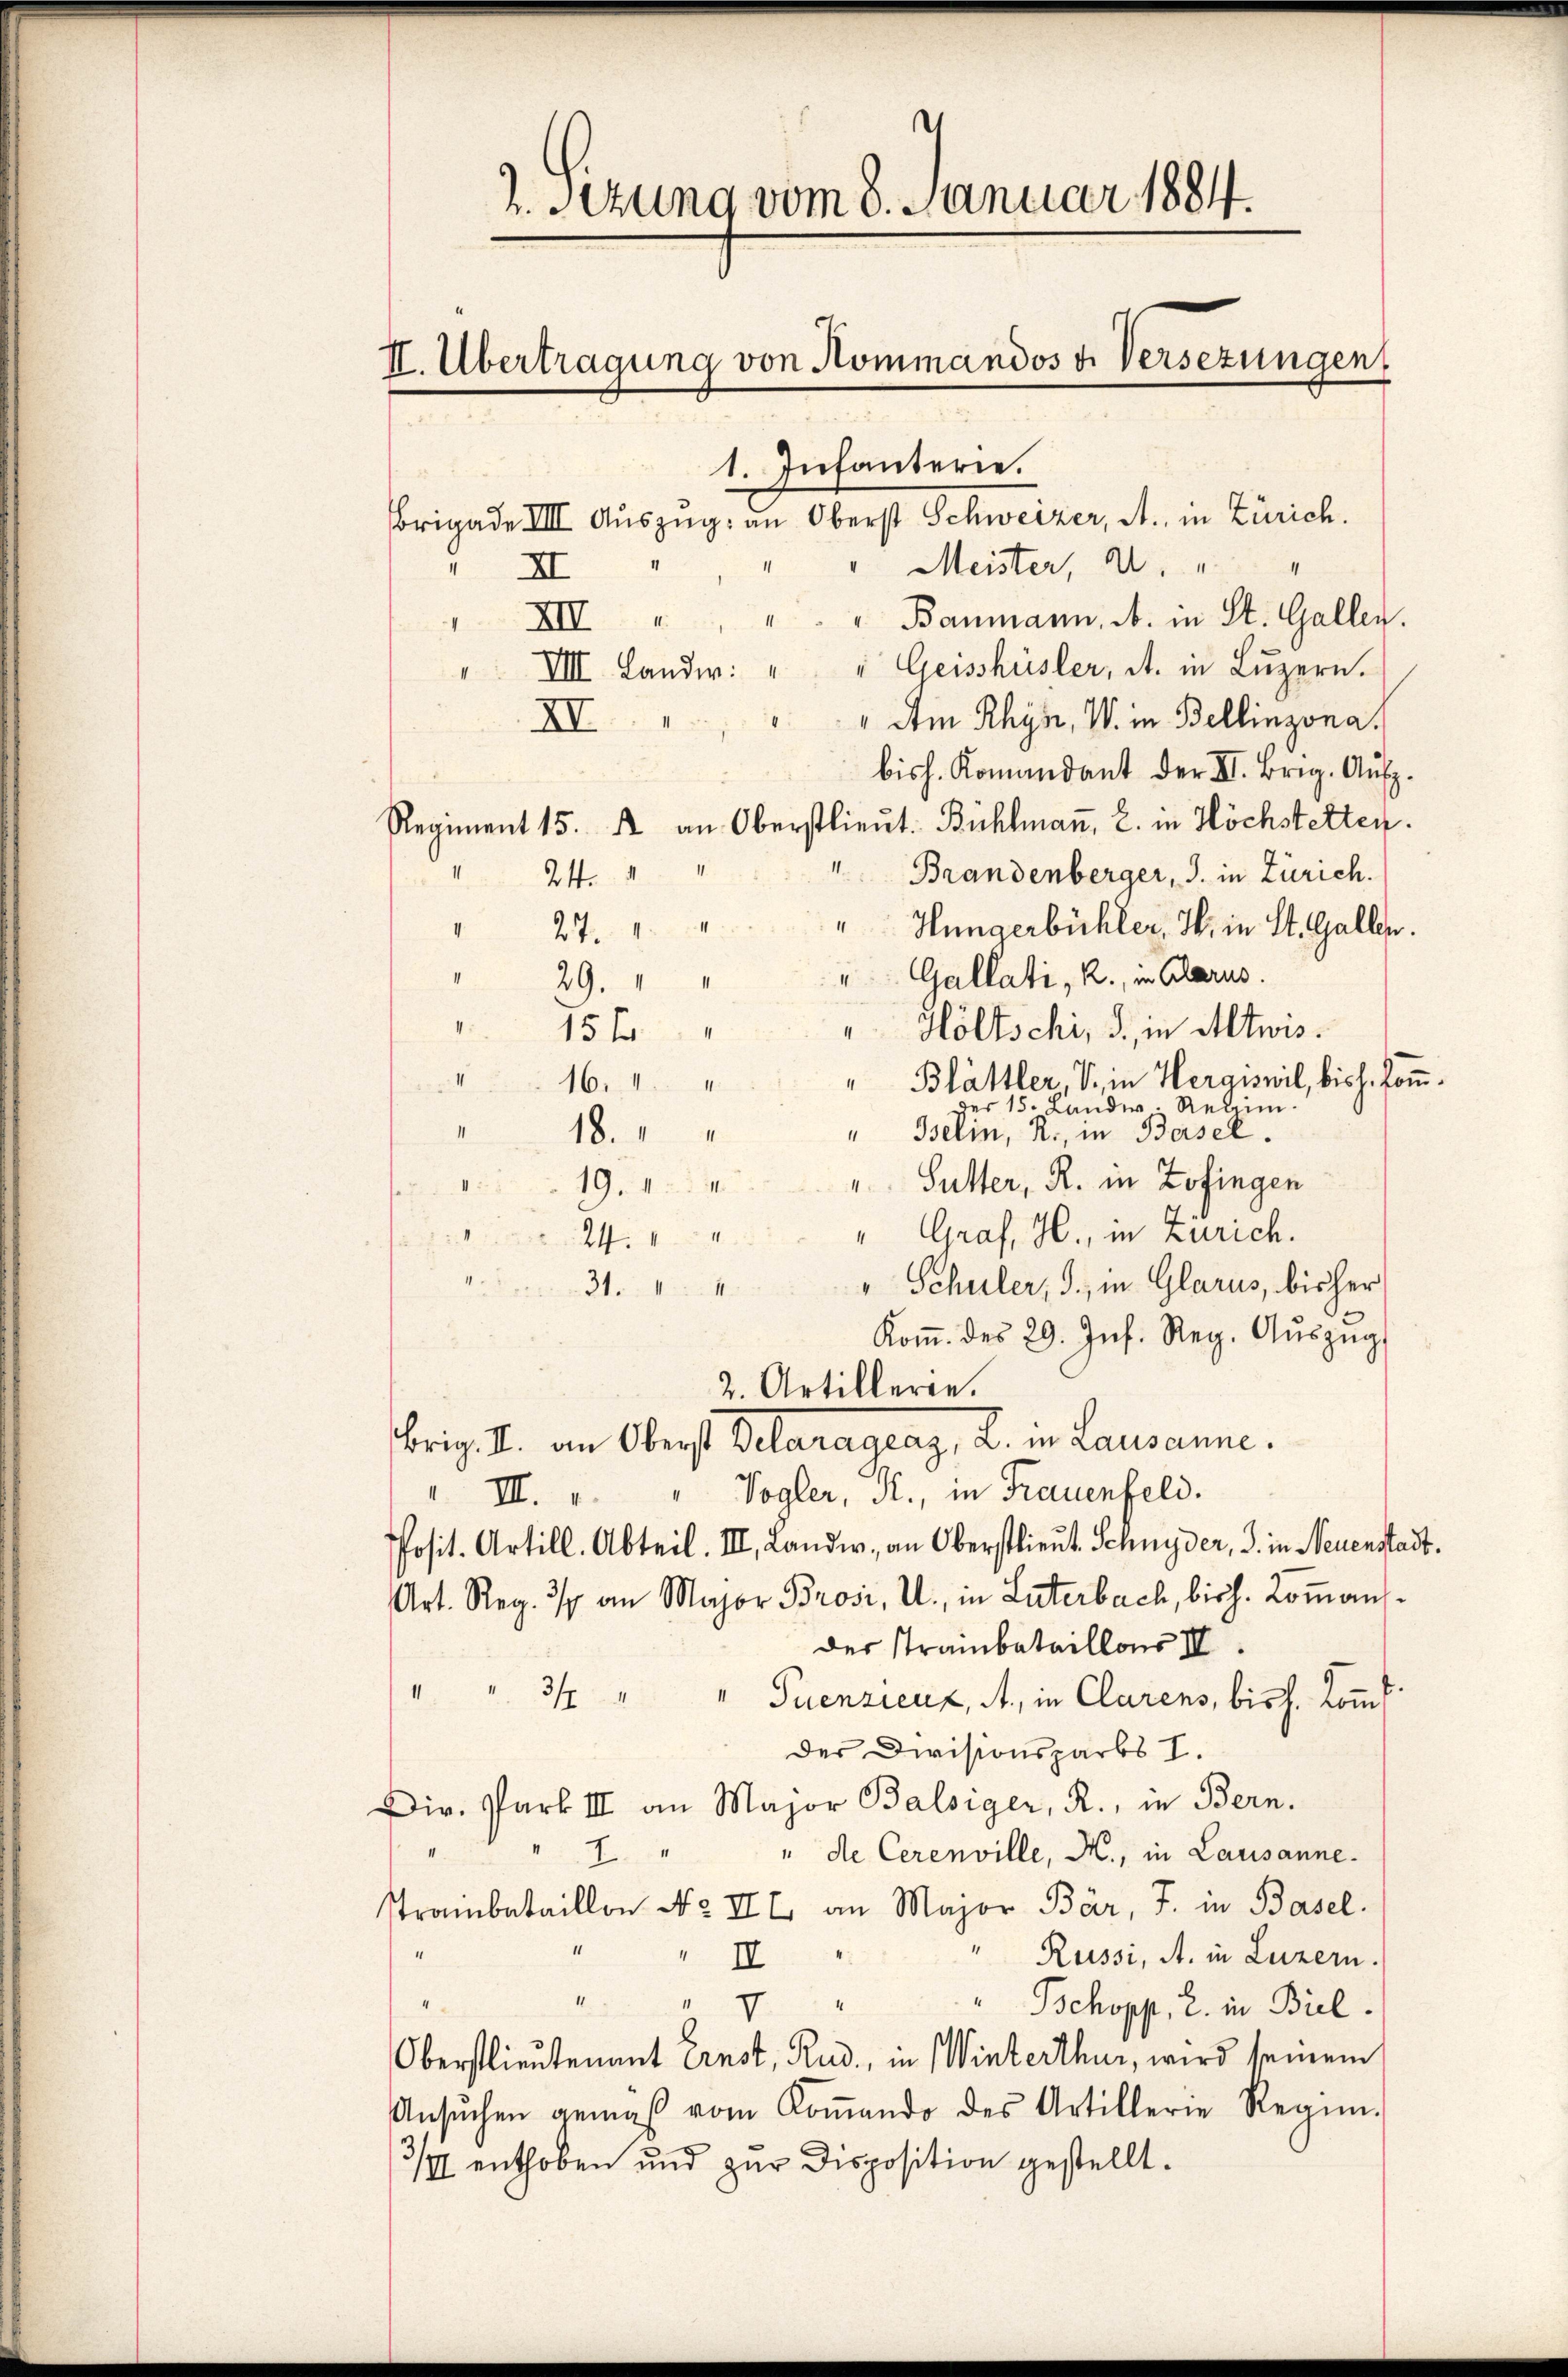
2. Sezung vom 8. Januar 1884
II. Übertragung von Kommandos u. Versezungen

1. Infanterie.
Brigade III Auszug an Oberst Schweizer, A., in Zürich.
s
1
Meister, a. " "
II
" " Baumann, A. in St. Gallen.
XII
" VII Lander: " " Geisshüsler, A. in Lŭzern.
" Am Rhyn, W. in Bellinzona.
XI
bish. Komandant der II. Brig. Aufz.
Regiment 15. A an Oberstlieŭt. Bühlmaṅ, 2. in Höchstetten.
"Brandenberger, J. in Zürich.
24.
"Hungerbühler, W. in St. Gallen.
27.
Gallati, R., in Glarus.
29.
Höltschi, d. in Altwis.
15f
Blättler, V., in Hergiswil, bish. komm
16.
es 15. Landw. Regim
Bselin, R. in Basel.
18.
1
" Sutter, R. in Zofingen
19.1
" Graf, H., in Zürich.
24.
" Schuler, J., in Glarus, bisher
4
31.
Koṁ. des 29. Jns. Reg. Aŭszŭg
2. Artillerie.
brig. I. an Oberst Delaragraz, L. in Lausanne.
Vogler, Pr., in Frauenfeld.
 III.
Posit. Artill. Abteil. III. Landw., an Oberstlieut. Schnyder, S. in Neuenstadt.
Art. Reg. 3/4 an Major Brosi, I., in Laterbach, bisch. Komansder Trambataillons III.
1
3/ " " Puenzieuz, A., in Clarens, bis h. kommt
der Divisionsparbs I.
Dir. Park III an Major Balsiger, R., in Bern.
II.
" de Cerenville, M., in Lausanne.
7."
Trainbataillon No II t an Major Bär, J. in Basel.
Russi, A. in Luzern.
II
" V
Bchopp, 2. in Biel.
Oberstlieutenant Ernst, Rud., in Winterthur, wird seinem
Ansŭchen gemäβ vom Koṁando des Artillerie Regi
3/ enthoben und zur Disposition gestellt.